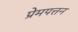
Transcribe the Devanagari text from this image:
प्रेमपत्तन